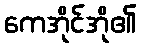
ကေအိုင်အို၏